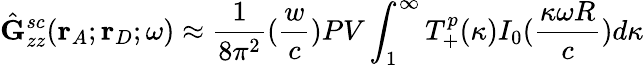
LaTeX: \hat{\mathbf{G}}_{zz}^{sc}(\mathbf{r}_{A};\mathbf{r}_{D};\omega)\approx\frac{1}{8{\pi^{2}}}(\frac{w}{c})PV\int_{1}^{\infty}T_{+}^{p}(\kappa)I_{0}(\frac{\kappa\omega R}{c})d{\kappa}